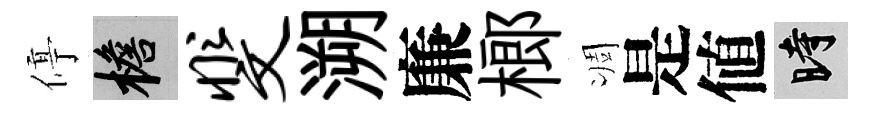
停檐斐溯廉榔凋是値时